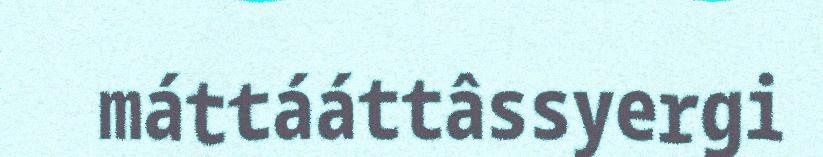
máttááttâssyergi